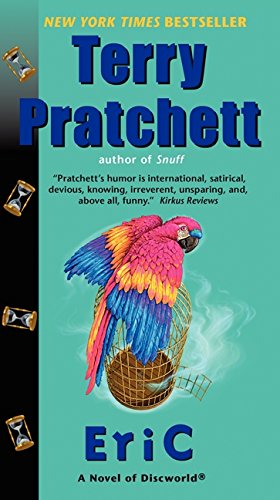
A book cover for Eric: A Novel of Discworld; Terry Pratchett; Science Fiction & Fantasy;